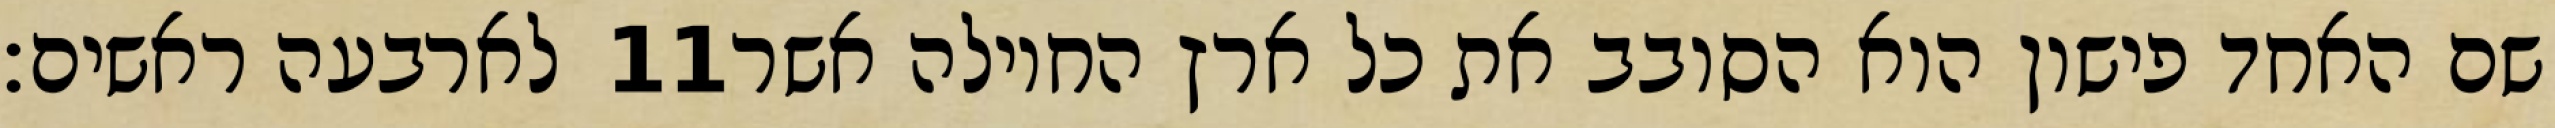
לארבעה ראשים׃ ‎11‏ שם האחד פישון הוא הסובב את כל ארץ החוילה אשר